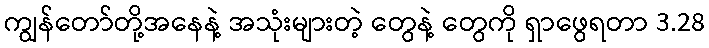
ကျွန်တော်တို့အနေနဲ့ အသုံးများတဲ့ တွေနဲ့ တွေကို ရှာဖွေရတာ 3.28